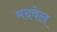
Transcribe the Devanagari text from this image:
मदवेल